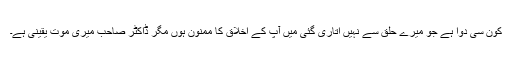
کون سی دوا ہے جو میرے حلق سے نہیں اتاری گئی میں آپ کے اخلاق کا ممنون ہوں مگر ڈاکٹر صاحب میری موت یقینی ہے۔